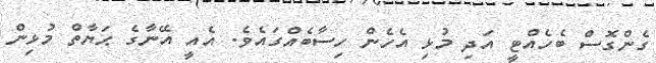
ގެންގޮސް ބެހެއްޓީ އަދި މުޅި އެހެން ހިސާބެއްގައެވެ. އެއީ އޭނާގެ ޙަޔާތް މުޅިން